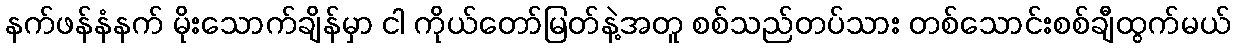
နက်ဖန်နံနက် မိုးသောက်ချိန်မှာ ငါ ကိုယ်တော်မြတ်နဲ့အတူ စစ်သည်တပ်သား တစ်သောင်းစစ်ချီထွက်မယ်